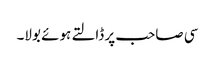
سی صاحب پر ڈالتے ہوئے بولا۔